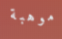
موهبة